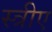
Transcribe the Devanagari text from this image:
स्त्रीए